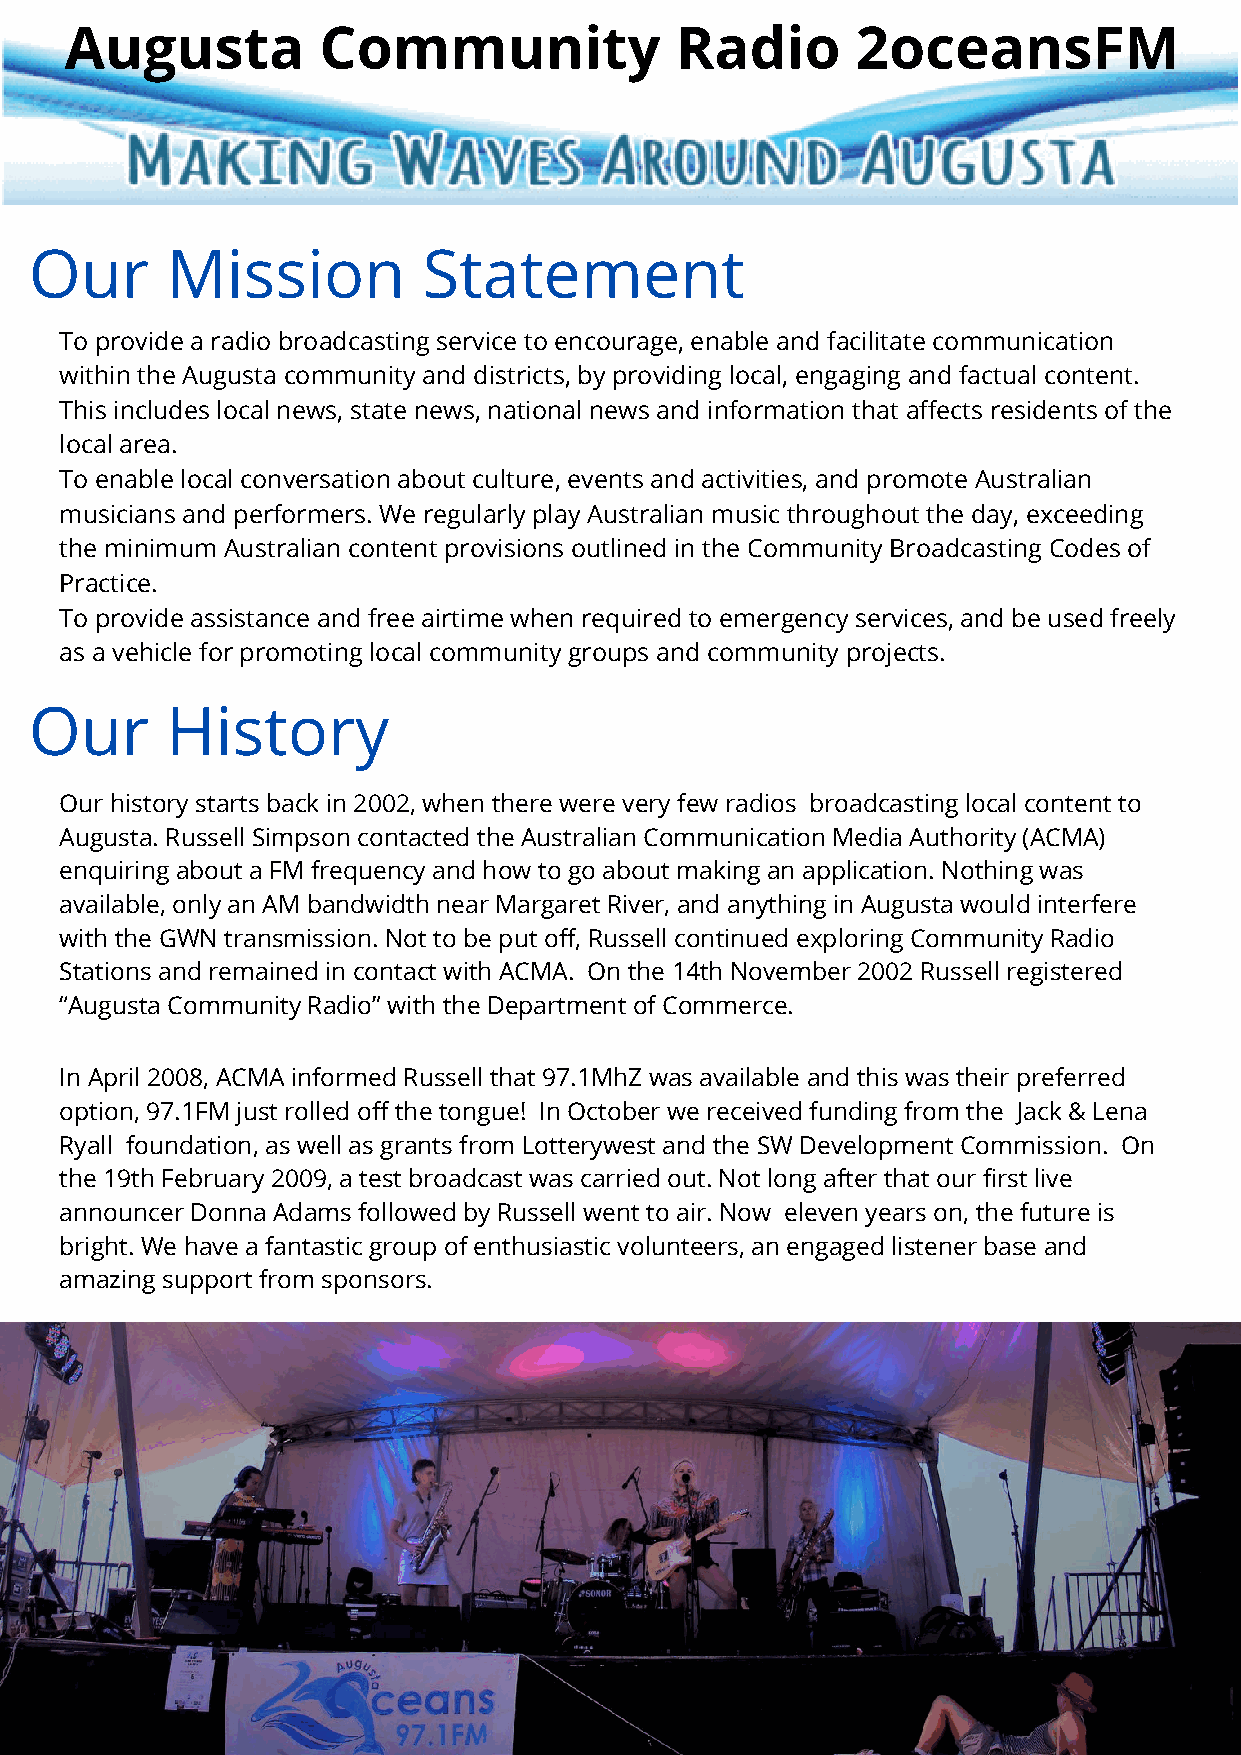
Augusta          Community               Radio       2oceansFM
 Our      Mission          Statement
 To provide a radio broadcasting service to encourage, enable and facilitate communication
 within the Augusta community and districts, by providing local, engaging and factual content.
 This includes local news, state news, national news and information that affects residents of the
 local area.
 To enable local conversation about culture, events and activities, and promote Australian
 musicians and performers. We regularly play Australian music throughout the day, exceeding
 the minimum Australian content provisions outlined in the Community Broadcasting Codes of
 Practice.
 To provide assistance and free airtime when required to emergency services, and be used freely
 as a vehicle for promoting local community groups and community projects.
 Our      History
 Our history starts back in 2002, when there were very few radios broadcasting local content to
 Augusta. Russell Simpson contacted the Australian Communication Media Authority (ACMA)
 enquiring about a FM frequency and how to go about making an application. Nothing was
 available, only an AM bandwidth near Margaret River, and anything in Augusta would interfere
 with the GWN transmission. Not to be put off, Russell continued exploring Community Radio
 Stations and remained in contact with ACMA. On the 14th November 2002 Russell registered
 “Augusta Community Radio” with the Department of Commerce.
 In April 2008, ACMA informed Russell that 97.1MhZ was available and this was their preferred
 option, 97.1FM just rolled off the tongue! In October we received funding from the Jack & Lena
 Ryall foundation, as well as grants from Lotterywest and the SW Development Commission. On
 the 19th February 2009, a test broadcast was carried out. Not long after that our first live
 announcer Donna Adams followed by Russell went to air. Now eleven years on, the future is
 bright. We have a fantastic group of enthusiastic volunteers, an engaged listener base and
 amazing support from sponsors.